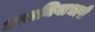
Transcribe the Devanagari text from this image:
असमियाभाषी